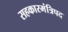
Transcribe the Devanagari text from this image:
सहकारमंत्रिपद